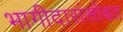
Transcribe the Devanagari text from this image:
भागीदारांसोबत